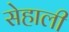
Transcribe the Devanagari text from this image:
सेहाली